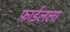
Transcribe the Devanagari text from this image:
फ़ाईलला